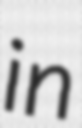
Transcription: in